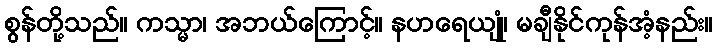
စွန်တို့သည်။ ကသ္မာ၊ အဘယ်ကြောင့်။ နဟရေယျုံ၊ မချီနိုင်ကုန်အံ့နည်း။